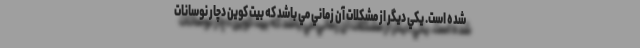
شده است. يكي ديگر از مشكلات آن زماني مي باشد كه بيت كوين دچار نوسانات